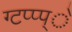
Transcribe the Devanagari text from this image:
ग्टप्प्प्े